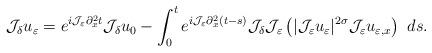
LaTeX: \begin{align*} \mathcal{J}_{\delta}u_{\varepsilon} =e^{i\mathcal{J}_{\varepsilon}\partial_{x}^{2}t}\mathcal{J}_{\delta}u_{0} -\int_{0}^{t}e^{i\mathcal{J}_{\varepsilon}\partial_{x}^{2}(t-s)}\mathcal{J}_{\delta} \mathcal{J}_{\varepsilon}\left(|\mathcal{J}_{\varepsilon}u_{\varepsilon}|^{2\sigma} \mathcal{J}_{\varepsilon}u_{\varepsilon,x}\right)\ ds.\end{align*}